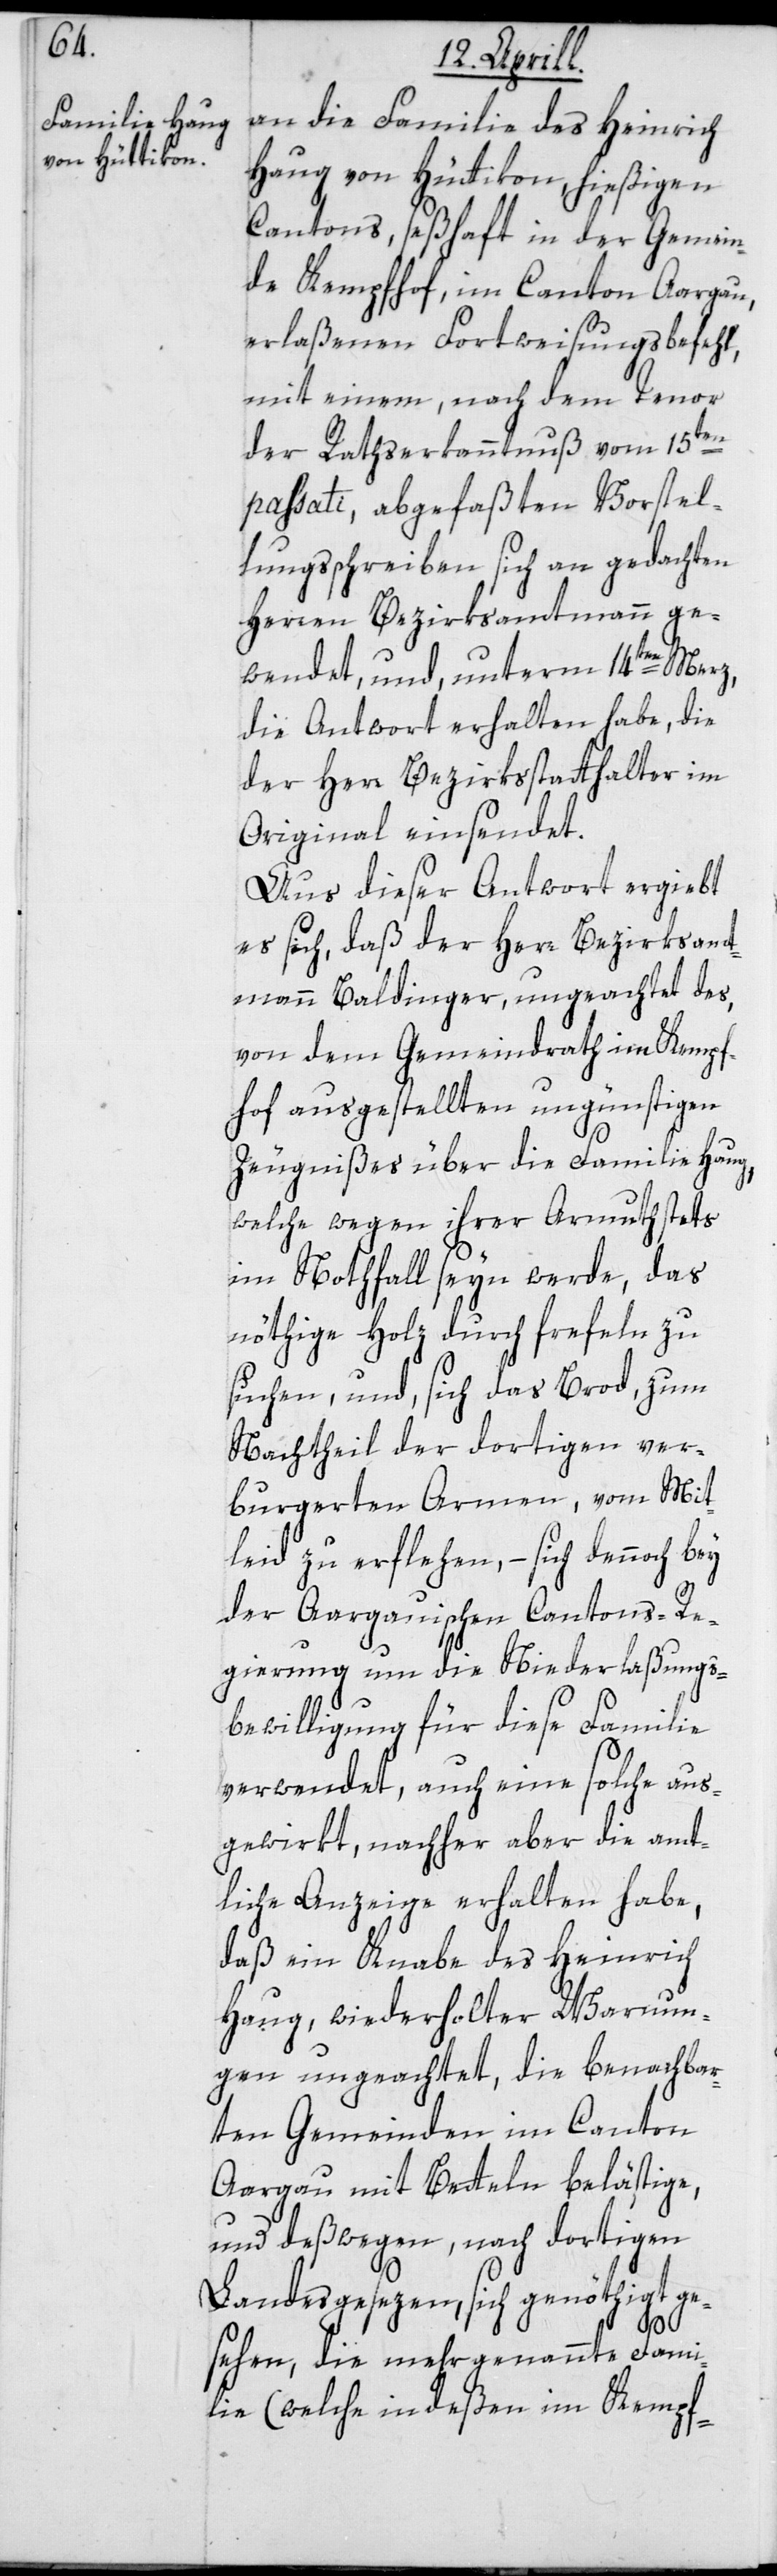
an die Familie des Heinrich
Haug von Hüttikon, hießigen
Cantons, seßhaft in der Gemein¬
de Kempfhof im Canton Aargau,
erlaßenen Fortweisungsbefehl,
mit einem nach dem Tenor
der Rathserkanntnuß vom 15ten
passati, abgefaßten Vorstel¬
lungsschreiben sich an gedachten
Herren Bezirksamtmann ge¬
wendet, und unterm 14ten Merz,
die Antwort erhalten habe, die
der Herr Bezirksstatthalter im
Original einsendet.
Aus dieser Antwort ergiebt
es sich, daß der Herr Bezirksamt¬
mann Baldinger, ungeachtet des,
von dem Gemeindrath im Kempf¬
hof ausgestellten ungünstigen
Zeugnißes über die Familie Haug,
welche wegen ihrer Armuth stets
im Nothfall seyn werde, das
nöthige Holz durch frefeln zu
suchen, und, sich das Brod, zum
Nachtheil der dortigen ver¬
burgerten Armen, vom Mit¬
leid zu erflehen, – sich dennoch
der Aargauischen Cantons-Re¬
gierung um die Niederlaßungs¬
bewilligung für diese Familie
verwendet, auch eine solche aus¬
gewirkt, nachher aber die amt¬
liche Anzeige erhalten habe,
daß ein Knabe des Heinrich
Haug, wiederholter Warnun¬
gen ungeachtet, die benachbar¬
ten Gemeinden im Canton
Aargau mit Betteln belästige,
und deßwegen, nach dortigen
Landesgesezen, sich genöthigt ge¬
sehen, die mehrgenannte Fami¬
lie (welche indeßen im Kempf-